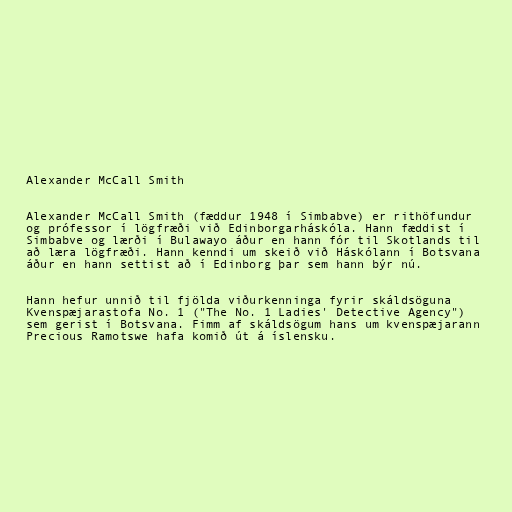
Alexander McCall Smith

Alexander McCall Smith (fæddur 1948 í Simbabve) er rithöfundur
og prófessor í lögfræði við Edinborgarháskóla. Hann fæddist í
Simbabve og lærði í Bulawayo áður en hann fór til Skotlands til
að læra lögfræði. Hann kenndi um skeið við Háskólann í Botsvana
áður en hann settist að í Edinborg þar sem hann býr nú.

Hann hefur unnið til fjölda viðurkenninga fyrir skáldsöguna
Kvenspæjarastofa No. 1 ("The No. 1 Ladies' Detective Agency")
sem gerist í Botsvana. Fimm af skáldsögum hans um kvenspæjarann
Precious Ramotswe hafa komið út á íslensku.